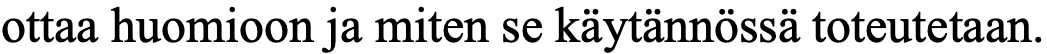
ottaa huomioon ja miten se käytännössä toteutetaan.